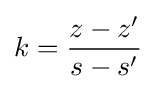
k={\frac {z-z'}{s-s'}}